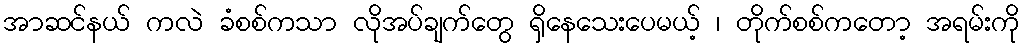
အာဆင်နယ် ကလဲ ခံစစ်ကသာ လိုအပ်ချက်တွေ ရှိနေသေးပေမယ့် ၊ တိုက်စစ်ကတော့ အရမ်းကို